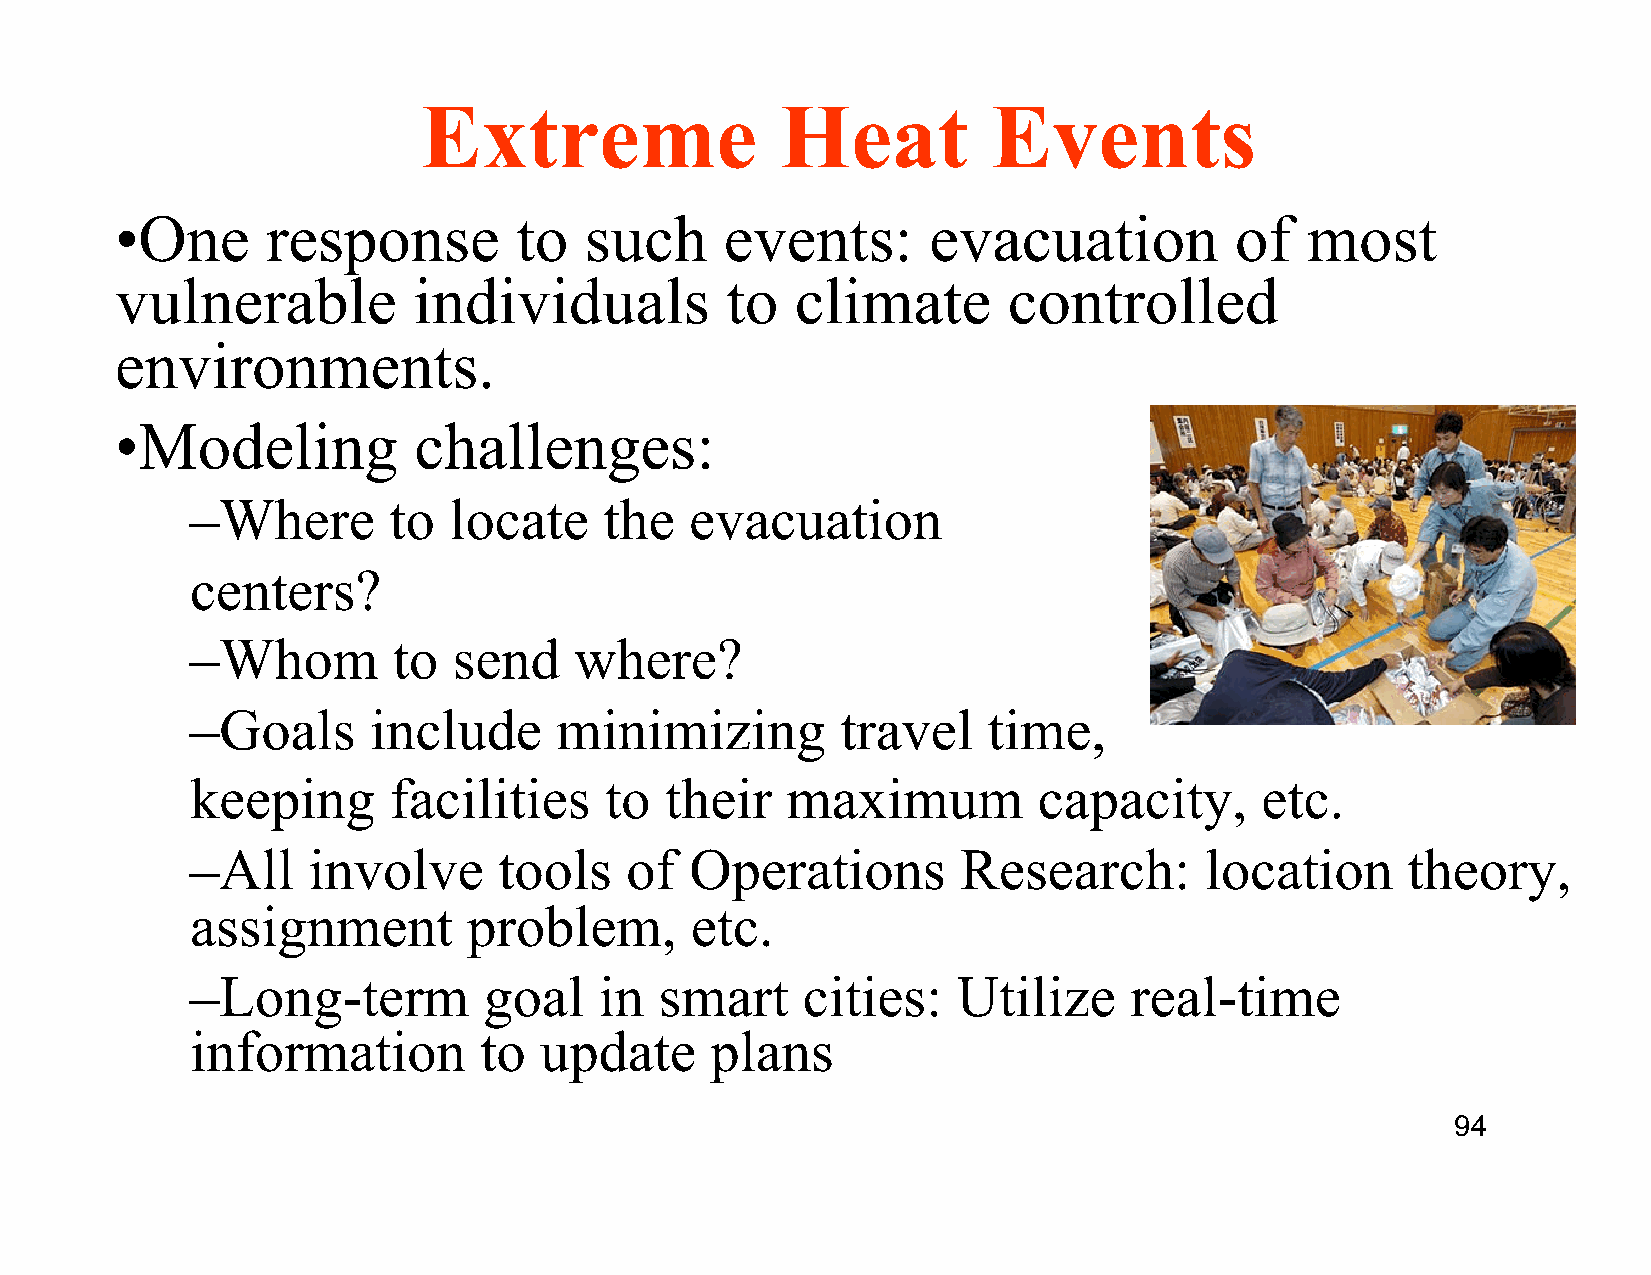
Extreme                 Heat          Events
 • One     response        to   such     events:      evacuation           of  most
 vulnerable         individuals          to   climate       controlled
 environments.
 • Modeling         challenges:
 – Where      to  locate    the   evacuation
 centers?
 – Whom       to  send    where?
 – Goals    include      minimizing         travel   time,
 keeping      facilities    to  their   maximum          capacity,     etc.
 – All  involve      tools   of   Operations        Research:       location     theory,
 assignment        problem,       etc.
 – Long-term        goal    in  smart    cities:   Utilize     real-time
 information        to  update     plans
 94